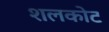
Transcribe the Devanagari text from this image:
शलकोट